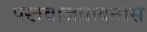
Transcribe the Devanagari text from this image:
पखवाजवादनास